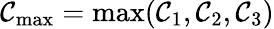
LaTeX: \mathcal{C}_{\mathrm{{max}}}=\operatorname*{max}(\mathcal{C}_{1},\mathcal{C}_{2},\mathcal{C}_{3})